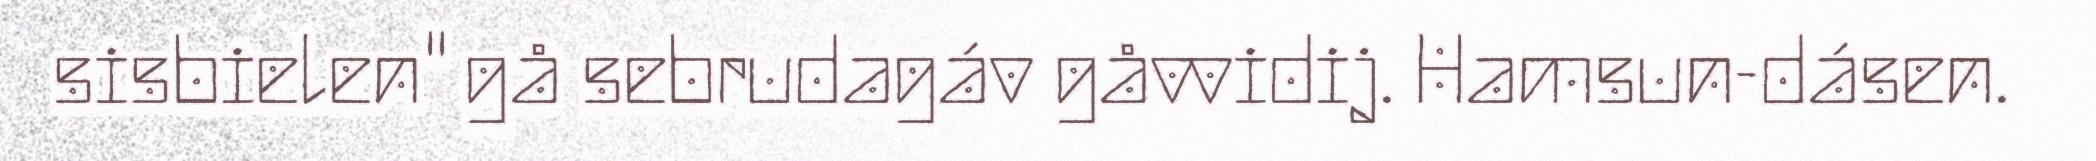
sisbielen" gå sebrudagáv gåvvidij. Hamsun-dásen.